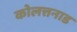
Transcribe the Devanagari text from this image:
कोलत्तनाड